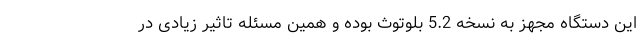
این دستگاه مجهز به نسخه 5.2 بلوتوث بوده و همین مسئله تاثیر زیادی در